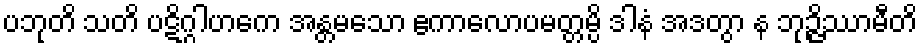
ပဘုတိ သတိ ပဋိဂ္ဂါဟကေ အန္တမသော ဧကာလောပမတ္တမ္ပိ ဒါနံ အဒတွာ န ဘုဉ္ဇိဿာမီတိ